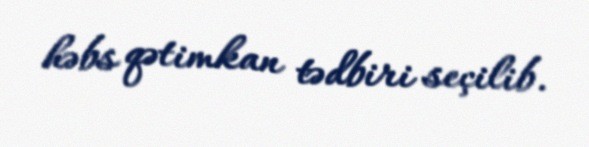
həbs qətimkan tədbiri seçilib.